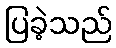
ပြခဲ့သည်